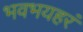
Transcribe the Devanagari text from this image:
भवभयहरं